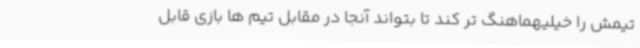
تیمش را خیلیهماهنگ تر کند تا بتواند آنجا در مقابل تیم ها بازی قابل